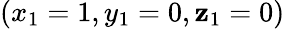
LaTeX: (x_{1}=1,y_{1}=0,\mathbf{z}_{1}=0)